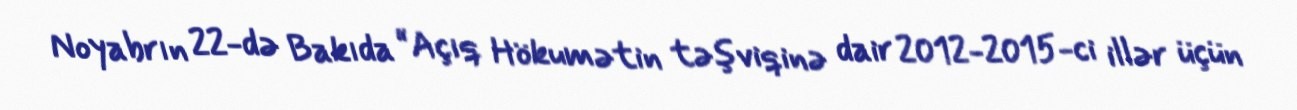
Noyabrın 22-də Bakıda “Açıq Hökumətin təşviqinə dair 2012-2015-ci illər üçün